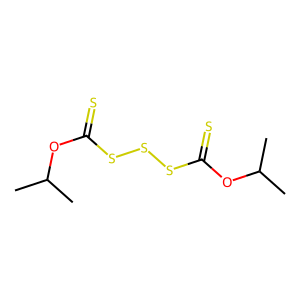
SMILES: CC(C)OC(=S)SSSC(=S)OC(C)C
Inhibits HIV replication: No